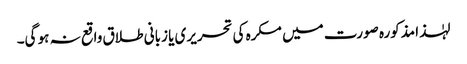
لہٰذا مذکورہ صورت میں مکرہ کی تحریری یا زبانی طلاق واقع نہ ہو گی۔